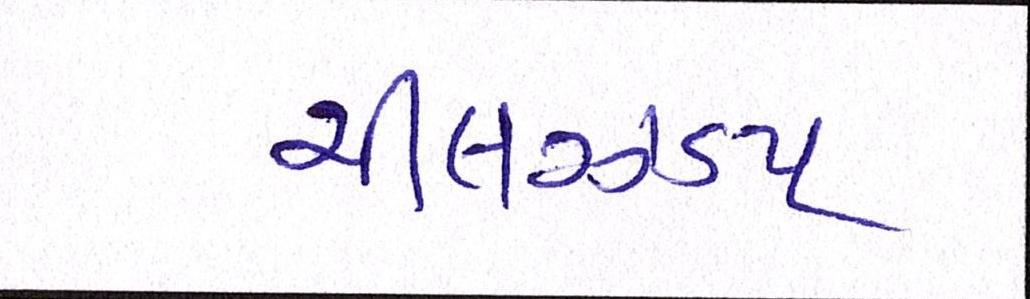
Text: ચીલઝડપ